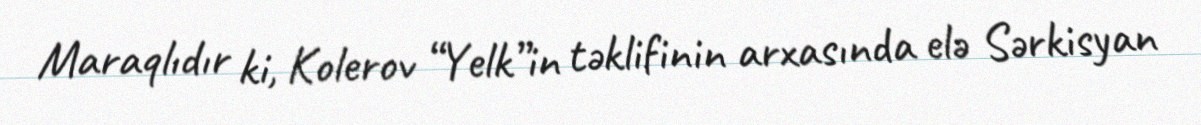
Maraqlıdır ki, Kolerov “Yelk”in təklifinin arxasında elə Sərkisyan